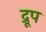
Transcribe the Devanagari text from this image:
द्रूप